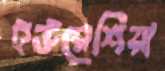
ইউরেশিয়া